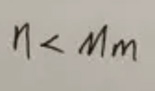
$\eta<\mathcal{M}_m$